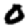
Digit: 0